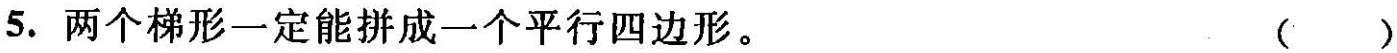
5.两个梯形一定能拼成一个平行四边形。()